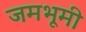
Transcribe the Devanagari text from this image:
जमभूमी